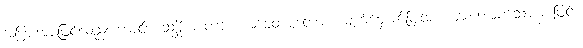
အပြားအားဖြင့်လည်းကောင်း။ သစ္ဆိကာတဗ္ဗ ဘာဝေတဗ္ဗတောစ၊ မျက်မှောက်ပြုအပ် များစေအပ်သောအားဖြင့်